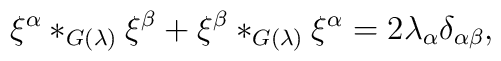
\xi^\alpha*_{G(\lambda)}\xi^\beta+\xi^\beta*_{G(\lambda)}\xi^\alpha=2\lambda_\alpha\delta_{\alpha\beta},